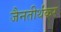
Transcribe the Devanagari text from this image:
जैनतीर्थंकर